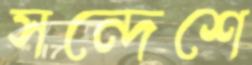
সন্দেশে